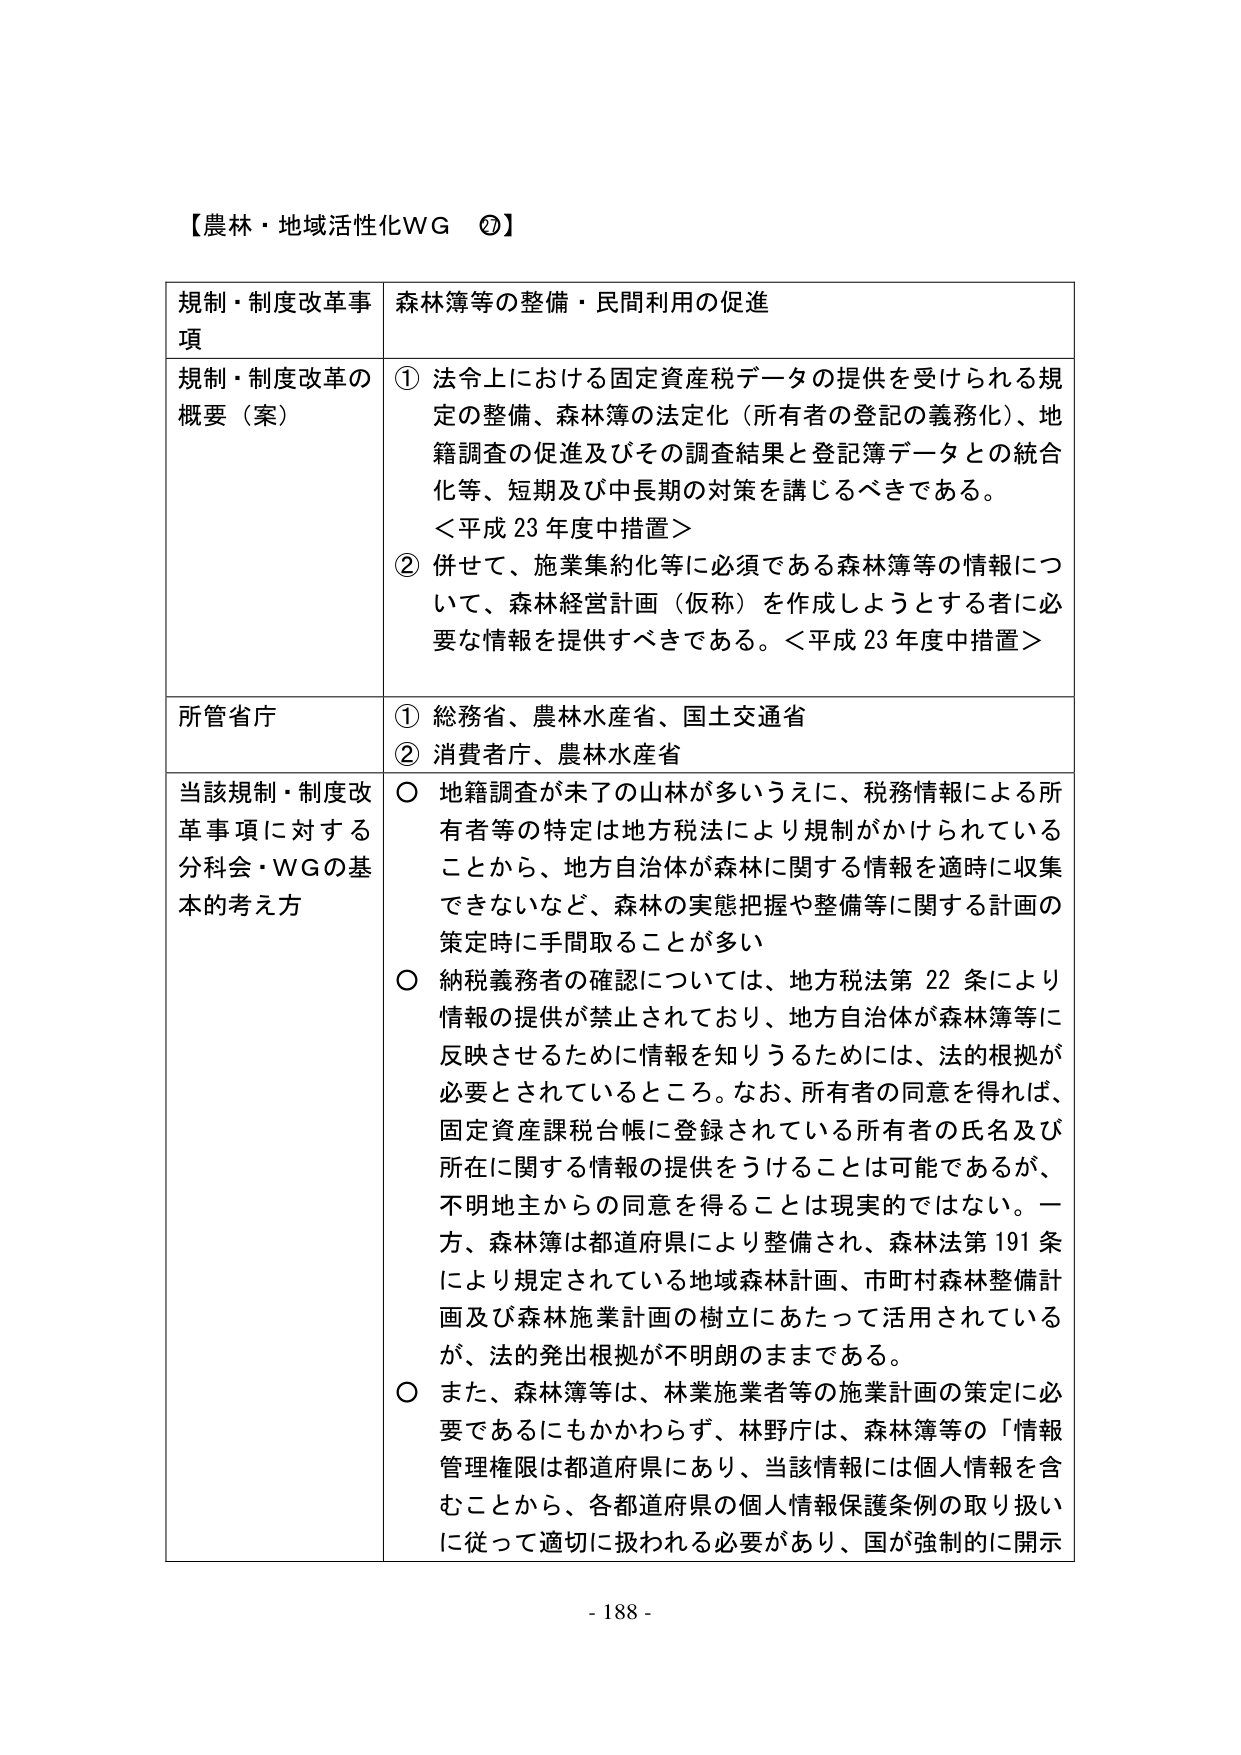
【農林・地域活性化WG ⑦】

規制・制度改革事項　　森林簿等の整備・民間利用の促進

規制・制度改革の概要（案）
① 法令上における固定資産税データの提供を受けられる規定の整備、森林簿の法定化（所有者の登記の義務化）、地籍調査の促進及びその調査結果と登記簿データとの統合化等、短期及び中長期の対策を講じるべきである。
＜平成23年度中措置＞
② 併せて、施業集約化等に必須である森林簿等の情報について、森林経営計画（仮称）を作成しようとする者に必要な情報を提供すべきである。＜平成23年度中措置＞

所管省庁
① 総務省、農林水産省、国土交通省
② 消費者庁、農林水産省

当該規制・制度改革事項に対する分科会・WGの基本的考え方
○ 地籍調査が未了の山林が多いうえに、税務情報による所有者等の特定は地方税法により規制がかけられていることから、地方自治体が森林に関する情報を適時に収集できないなど、森林の実態把握や整備等に関する計画の策定時に手間取ることが多い
○ 納税義務者の確認については、地方税法第22条により情報の提供が禁止されており、地方自治体が森林簿等に反映させるために情報を知りうるためには、法的根拠が必要とされているところ。なお、所有者の同意を得れば、固定資産課税台帳に登録されている所有者の氏名及び所在に関する情報の提供をうけることは可能であるが、不明地主からの同意を得ることは現実ではない。一方、森林簿は都道府県により整備され、森林法第191条により規定されている地域森林計画、市町村森林整備計画及び森林施業計画の樹立にあたって活用されているが、法的発出根拠が不明朗のままである。
○ また、森林簿等は、林業施業者等の施業計画の策定に必要であるにもかかわらず、林野庁は、森林簿等の「情報管理権限は都道府県にあり、当該情報には個人情報を含むことから、各都道府県の個人情報保護条例の取り扱いに従って適切に扱われる必要があり、国が強制的に開示

- 188 -